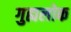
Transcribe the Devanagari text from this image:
गुह्यलोक